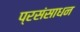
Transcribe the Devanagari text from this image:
प्रसंसाधन